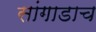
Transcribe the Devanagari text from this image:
सांगाडाच